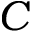
C